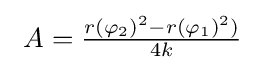
\ A={\tfrac {r(\varphi _{2})^{2}-r(\varphi _{1})^{2})}{4k}}\